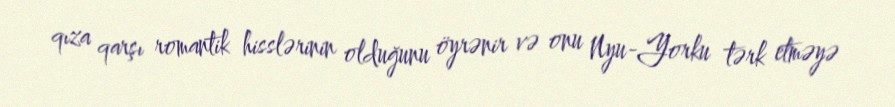
qıza qarşı romantik hisslərinin olduğunu öyrənir və onu Nyu-Yorku tərk etməyə